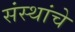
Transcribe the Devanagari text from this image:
संंस्थांचे